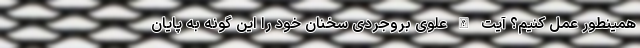
همینطور عمل کنیم؟ آیت الله علوی بروجردی سخنان خود را این گونه به پایان